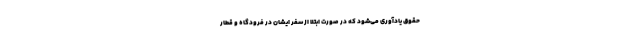
حقوق یادآوری می‌شود که در صورت ابتلا از سفر ایشان در فرودگاه و قطار